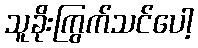
သူခိုးကြွက်သင်ပေါ့